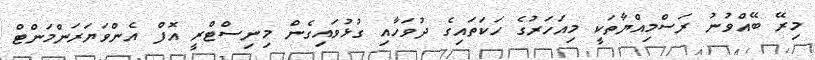
މިރޭ ބޭއްވުނު ރަސްމިއްޔާތަކީ މިއަހަރުގެ ހަކަތައިގެ ދުވަހާއި ގުޅުވައިގެން މިނިސްޓްރީ އޮފް އެންވަޔަރަންމަންޓް